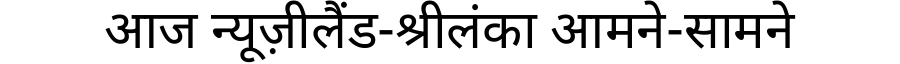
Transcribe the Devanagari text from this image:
आज न्यूज़ीलैंड-श्रीलंका आमने-सामने